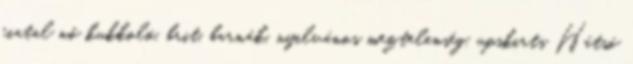
fiatal nő kukkoló, brit, barnák, nyilvános meztelenség, upskirts Hátsó